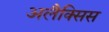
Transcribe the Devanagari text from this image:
अलैक्सिस